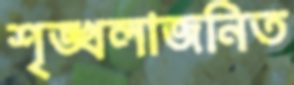
শৃঙ্খলাজনিত